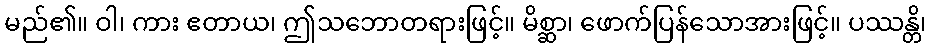
မည်၏။ ဝါ၊ ကား ဧတာယ၊ ဤသဘောတရားဖြင့်။ မိစ္ဆာ၊ ဖောက်ပြန်သောအားဖြင့်။ ပဿန္တိ၊